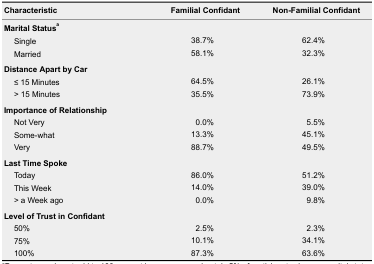
| Characteristic | Familial Confidant | Non-Familial Confidant |
 | --- | --- | --- |
 | <COLSPAN=3> Marital Statusa |
 | Single | 38.7% | 62.4% |
 | Married | 58.1% | 32.3% |
 | <COLSPAN=3> Distance Apart by Car |
 | ≤ 15 Minutes | 64.5% | 26.1% |
 | > 15 Minutes | 35.5% | 73.9% |
 | <COLSPAN=3> Importance of Relationship |
 | Not Very | 0.0% | 5.5% |
 | Some-what | 13.3% | 45.1% |
 | Very | 88.7% | 49.5% |
 | <COLSPAN=3> Last Time Spoke |
 | Today | 86.0% | 51.2% |
 | This Week | 14.0% | 39.0% |
 | > a Week ago | 0.0% | 9.8% |
 | <COLSPAN=3> Level of Trust in Confidant |
 | 50% | 2.5% | 2.3% |
 | 75% | 10.1% | 34.1% |
 | 100% | 87.3% | 63.6% |